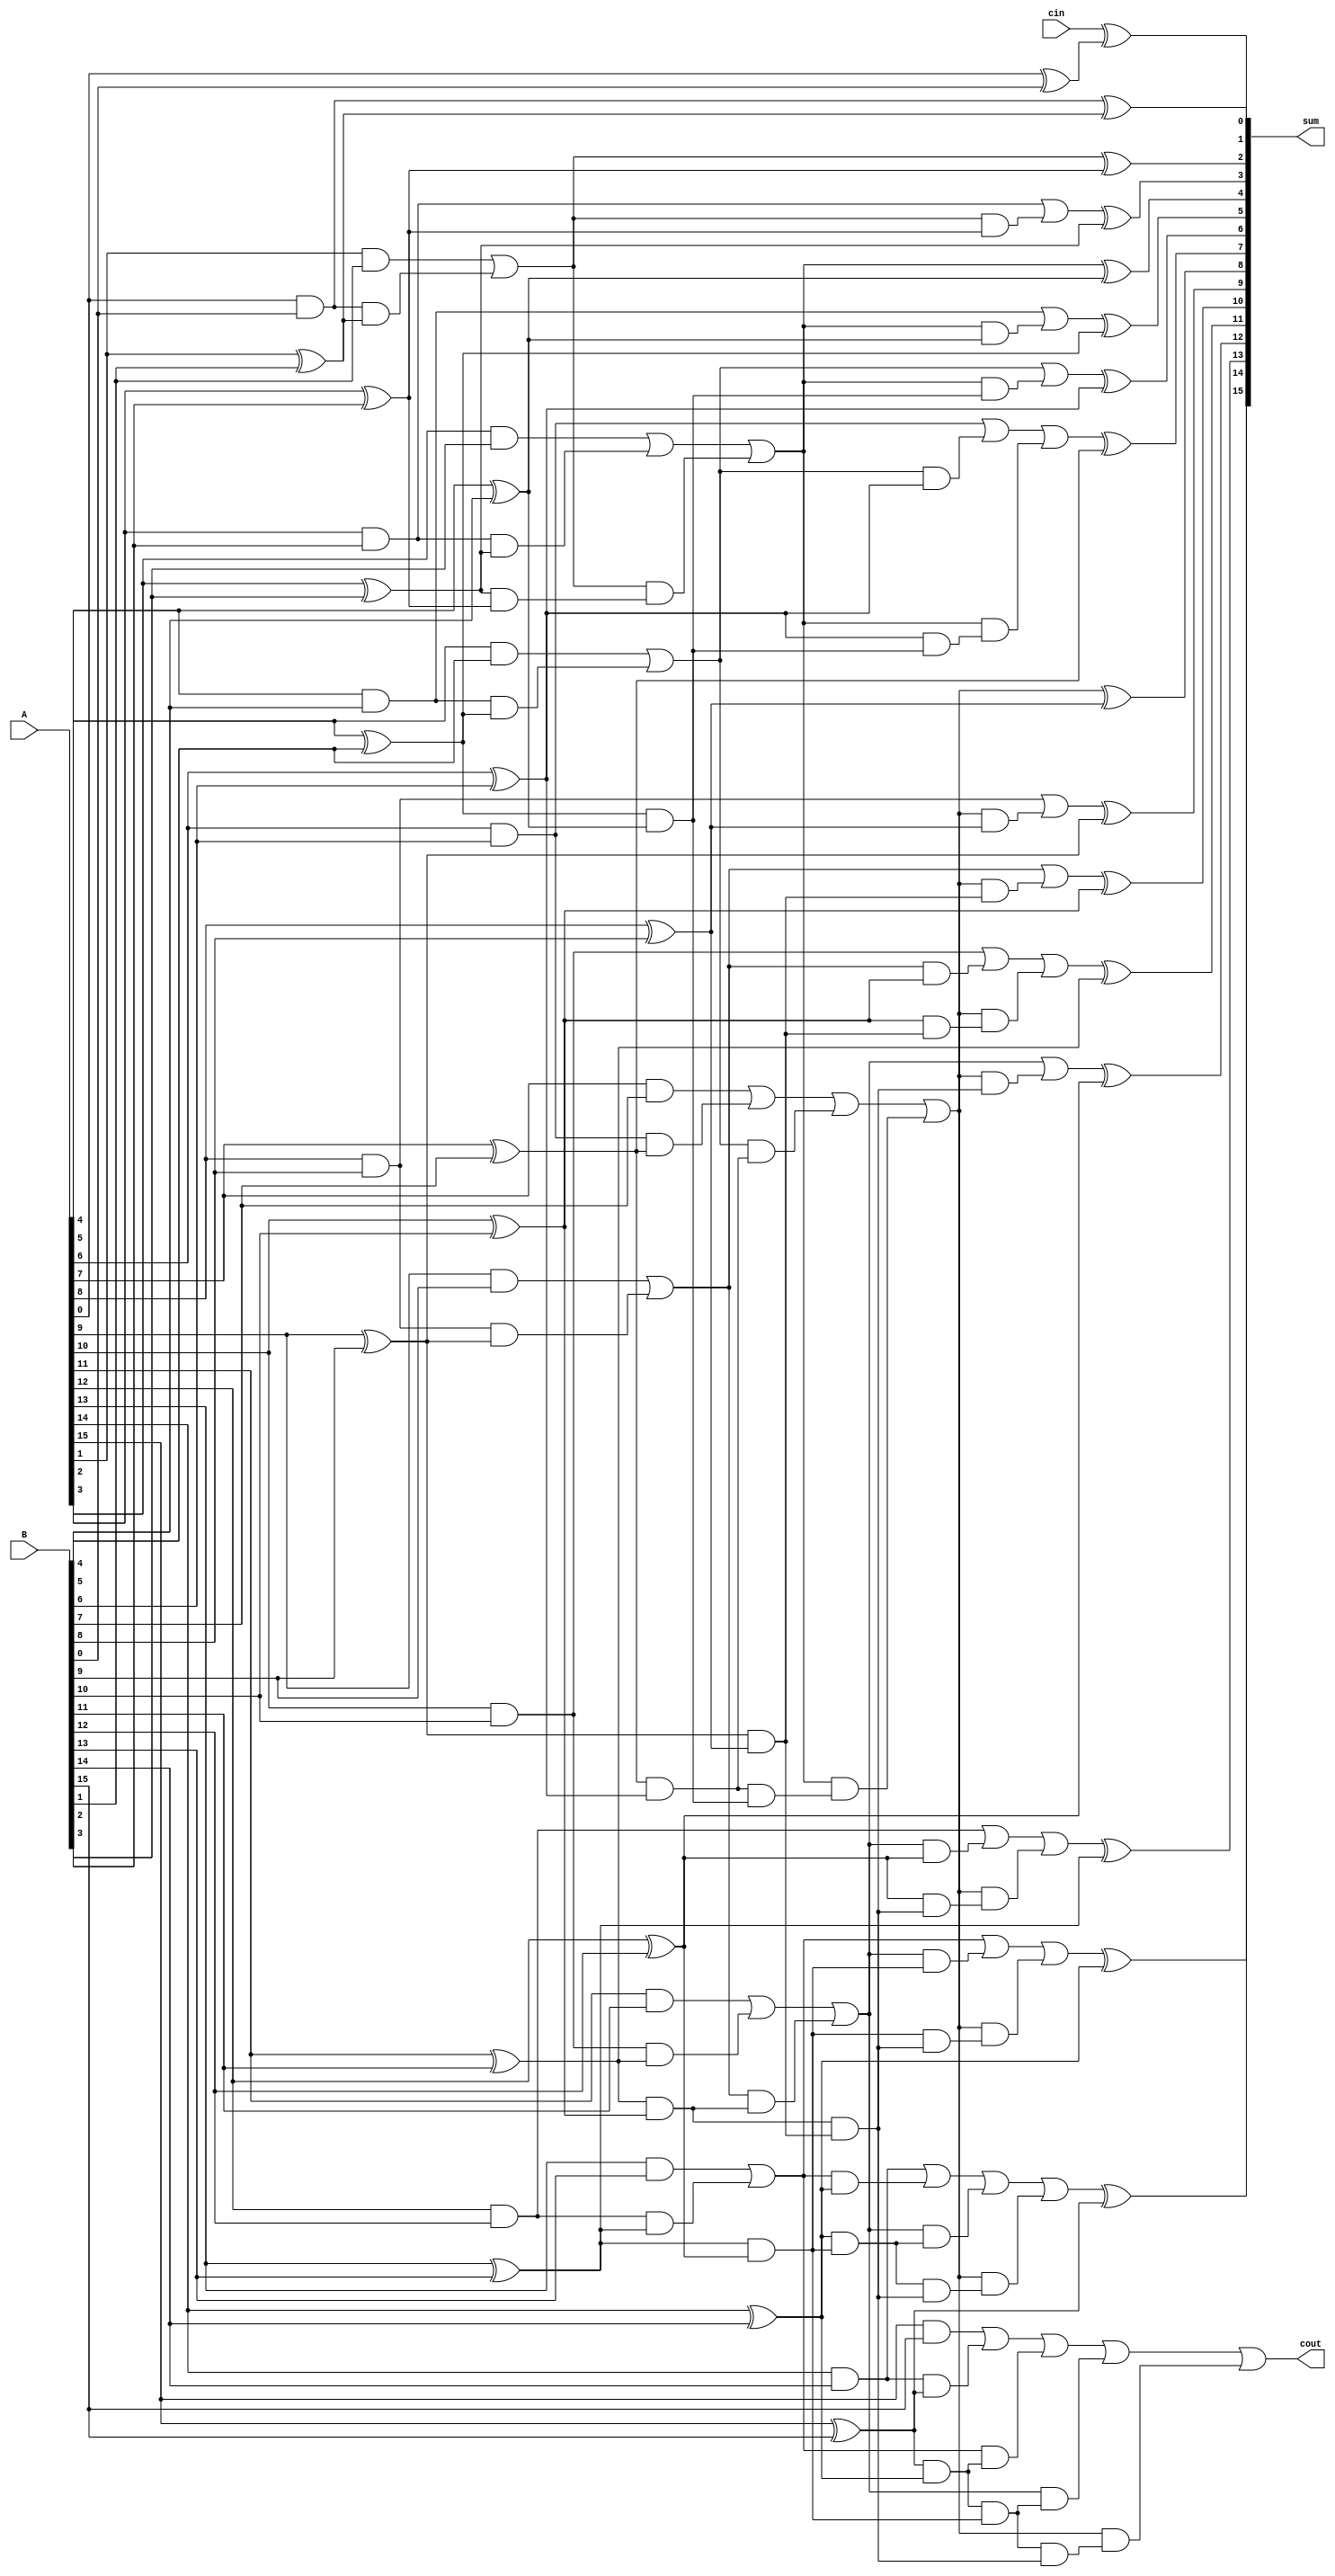
module SixteenbitSklanskyAdder(A, B, cin, sum, cout);

    input [15:0] A, B;
    input cin;
    output [15:0] sum;
    output cout;

    wire [15:0] initializeG;
    wire [15:0] initializeP;

    wire [15:0] level11;
    wire [15:0] level12;

    wire [15:0] level21;
    wire [15:0] level22;

    wire [15:0] level31;
    wire [15:0] level32;

    wire [15:0] level41;
    wire [15:0] level42;

    genvar i, j;
   
    for(i=0; i<16; i=i+1)
    begin
        assign initializeG[i] = A[i] & B[i];
        assign initializeP[i] = A[i] ^ B[i];
    end

// Black Cell G(i,j) = G(i,k) | (P(i,k) & G(k-1,j))
// Black Cell P(i,j) = P(i,k) & P(k-1,j)

// Gray Cell G(i,j) = G(i,k) | (P(i,k) & G(k-1,j))

//Multiple Valency Operation G(i,j) = G(i,k) | (P(i,k) & (G(k-1,l) | (P(k-1,l) & (G(l-1,m) | (P(l-1,m) & G(m-1,j))))))
//Multiple Valency Operation P(i,j) = P(i,k) & P(k-1,l) & P(l-1,m) & P(m-1,j)

//level 1

    for(j=0; j<8; j=j+1)
    begin
        assign level11[2*j] = initializeG[2*j];
        assign level12[2*j] = initializeP[2*j]; 
        assign level11[2*j+1] = initializeG[2*j+1] | (initializeG[2*j] & initializeP[2*j+1]);
        assign level12[2*j+1] = initializeP[2*j+1] & initializeP[2*j];
    end

//level 2

    for(j=0; j<4; j=j+1)
    begin
        assign level21[4*j] = level11[4*j];
        assign level22[4*j] = level12[4*j];
        assign level21[4*j+1] = level11[4*j+1];
        assign level22[4*j+1] = level12[4*j+1];
        assign level21[4*j+2] = level11[4*j+2] | (level11[4*j+1] & level12[4*j+2]);
        assign level22[4*j+2] = level12[4*j+2] & level12[4*j+1];
        assign level21[4*j+3] = level11[4*j+3] | (level11[4*j+1] & level12[4*j+3]);
        assign level22[4*j+3] = level12[4*j+3] & level12[4*j+1];
    end

//level3

    for(j=0; j<2; j=j+1)
    begin
        assign level31[8*j] = level21[8*j];
        assign level32[8*j] = level22[8*j];
        assign level31[8*j+1] = level21[8*j+1];
        assign level32[8*j+1] = level22[8*j+1];
        assign level31[8*j+2] = level21[8*j+2];
        assign level32[8*j+2] = level22[8*j+2];
        assign level31[8*j+3] = level21[8*j+3];
        assign level32[8*j+3] = level22[8*j+3];
        assign level31[8*j+4] = level21[8*j+4] | (level21[8*j+3] & level22[8*j+4]);
        assign level32[8*j+4] = level22[8*j+4] & level22[8*j+3];
        assign level31[8*j+5] = level21[8*j+5] | (level21[8*j+3] & level22[8*j+5]);
        assign level32[8*j+5] = level22[8*j+5] & level22[8*j+3];
        assign level31[8*j+6] = level21[8*j+6] | (level21[8*j+3] & level22[8*j+6]);
        assign level32[8*j+6] = level22[8*j+6] & level22[8*j+3];
        assign level31[8*j+7] = level21[8*j+7] | (level21[8*j+3] & level22[8*j+7]);
        assign level32[8*j+7] = level22[8*j+7] & level22[8*j+3];
    end
    
//level4
    for(j=0; j<1; j=j+1)
    begin
        assign level41[16*j] = level31[16*j];
        assign level42[16*j] = level32[16*j];
        assign level41[16*j+1] = level31[16*j+1];
        assign level42[16*j+1] = level32[16*j+1];
        assign level41[16*j+2] = level31[16*j+2];
        assign level42[16*j+2] = level32[16*j+2];
        assign level41[16*j+3] = level31[16*j+3];
        assign level42[16*j+3] = level32[16*j+3];
        assign level41[16*j+4] = level31[16*j+4];
        assign level42[16*j+4] = level32[16*j+4];
        assign level41[16*j+5] = level31[16*j+5];
        assign level42[16*j+5] = level32[16*j+5];
        assign level41[16*j+6] = level31[16*j+6];
        assign level42[16*j+6] = level32[16*j+6];
        assign level41[16*j+7] = level31[16*j+7];
        assign level42[16*j+7] = level32[16*j+7];
        assign level41[16*j+8] = level31[16*j+8] | (level31[16*j+7] & level32[16*j+8]);
        assign level42[16*j+8] = level32[16*j+8] & level32[16*j+7];
        assign level41[16*j+9] = level31[16*j+9] | (level31[16*j+7] & level32[16*j+9]);
        assign level42[16*j+9] = level32[16*j+9] & level32[16*j+7];
        assign level41[16*j+10] = level31[16*j+10] | (level31[16*j+7] & level32[16*j+10]);
        assign level42[16*j+10] = level32[16*j+10] & level32[16*j+7];
        assign level41[16*j+11] = level31[16*j+11] | (level31[16*j+7] & level32[16*j+11]);
        assign level42[16*j+11] = level32[16*j+11] & level32[16*j+7];
        assign level41[16*j+12] = level31[16*j+12] | (level31[16*j+7] & level32[16*j+12]);
        assign level42[16*j+12] = level32[16*j+12] & level32[16*j+7];
        assign level41[16*j+13] = level31[16*j+13] | (level31[16*j+7] & level32[16*j+13]);
        assign level42[16*j+13] = level32[16*j+13] & level32[16*j+7];
        assign level41[16*j+14] = level31[16*j+14] | (level31[16*j+7] & level32[16*j+14]);
        assign level42[16*j+14] = level32[16*j+14] & level32[16*j+7];
        assign level41[16*j+15] = level31[16*j+15] | (level31[16*j+7] & level32[16*j+15]);
        assign level42[16*j+15] = level32[16*j+15] & level32[16*j+7];
    end
    
    //sum
    assign sum[0] = cin ^ initializeP[0];

    for(i=0; i<15; i=i+1)
    begin
        assign sum[i+1] = level41[i] ^ initializeP[i+1];
    end
    
    //cout
    assign cout = level41[15];

endmodule